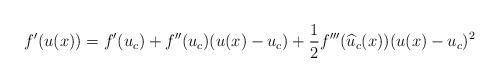
LaTeX: \begin{align*}f'(u(x)) = f'(u_c) + f''(u_c)(u(x) - u_c) + \frac{1}{2} f'''(\widehat{u}_c(x))(u(x) - u_c)^2 \end{align*}